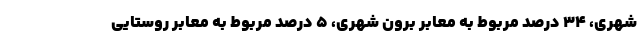
شهری، ۳۴ درصد مربوط به معابر برون شهری، ۵ درصد مربوط به معابر روستایی